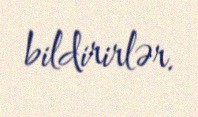
bildirirlər.